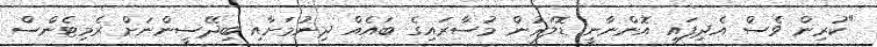
"ކުރިން ވެސް އެދިފައި އޮންނާނީ ޑޮލަރުން މުސާރައިގެ ބައެއް ދިނުމަށާއި ބިދޭސީންނަށް ރެމިޓެންސް